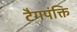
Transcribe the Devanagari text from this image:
टैगपंक्ति